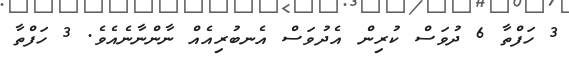
3 ހަފްތާ 6 ދުވަސް ކުރިން އެދުވަސް އެނބުރިއެއް ނާންނާނެއެވެ. 3 ހަފްތާ